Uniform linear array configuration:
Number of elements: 12
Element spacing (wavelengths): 0.75
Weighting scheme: uniform
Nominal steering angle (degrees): -60
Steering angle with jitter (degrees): -58.315
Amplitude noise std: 0.05
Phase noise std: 0.05

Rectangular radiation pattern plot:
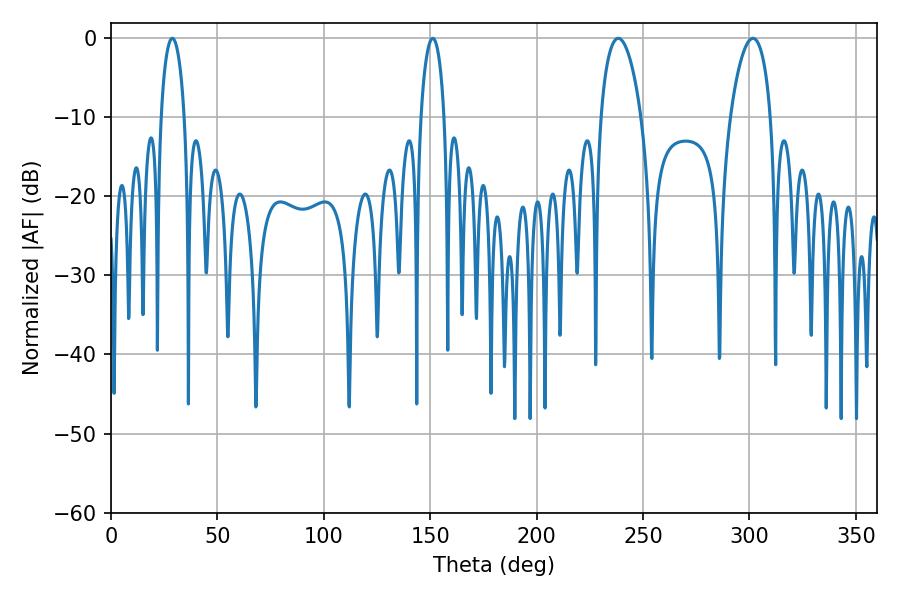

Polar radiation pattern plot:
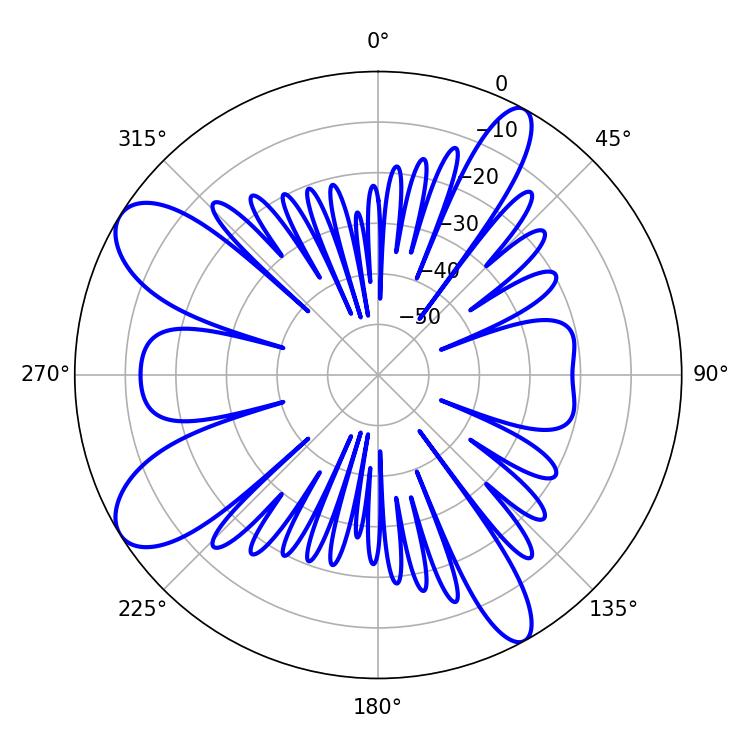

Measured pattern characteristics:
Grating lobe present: TRUE
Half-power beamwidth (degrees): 6.3
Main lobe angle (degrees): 28.8